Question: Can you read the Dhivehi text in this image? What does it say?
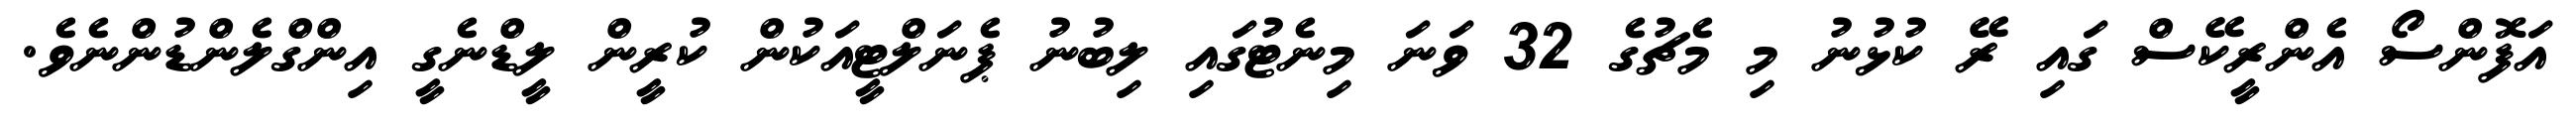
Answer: އަފޮންސޯ އެންރީކޭސް ގައި ރޭ ކުޅުނު މި މެޗުގެ 32 ވަނަ މިނެޓުގައި ލިބުނު ޕެނަލްޓީއަކުން ކުރީން ލީޑްނެގީ އިންގްލެންޑުންނެވެ.